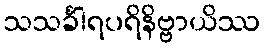
သသင်္ခါရပရိနိဗ္ဗာယိဿ